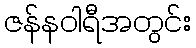
ဇန်နဝါရီအတွင်း